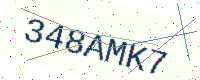
Text: 348AMK7